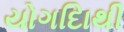
યોગદાિથી